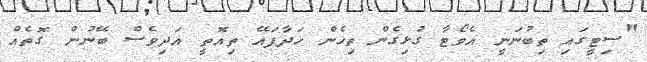
"ސިޓީގައި ތިބުނަނީ އެވޯޓާ ގުޅިގެން ތިހެން ހަދާފައޭ ތިއޮތީ އަދިވެސް ބޭނުން ގޮތެއް